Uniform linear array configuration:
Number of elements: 48
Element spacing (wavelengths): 0.5
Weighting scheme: exponential
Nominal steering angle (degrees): -15
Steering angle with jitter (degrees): -16.748
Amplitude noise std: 0.05
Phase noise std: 0.05

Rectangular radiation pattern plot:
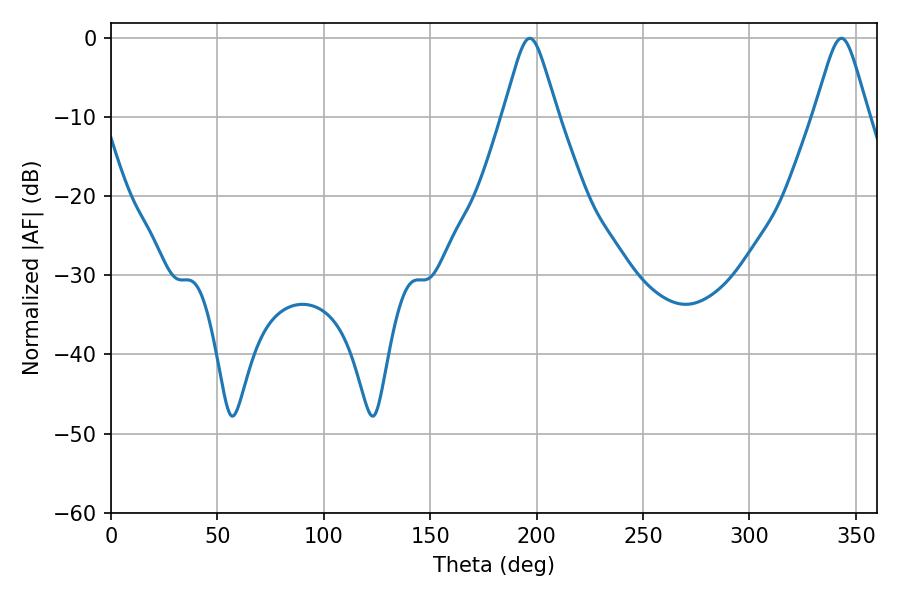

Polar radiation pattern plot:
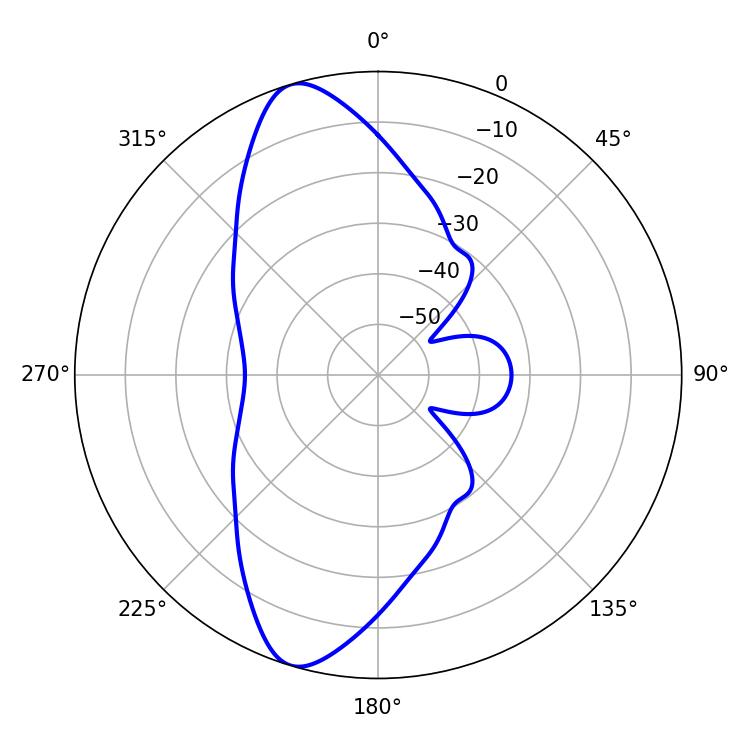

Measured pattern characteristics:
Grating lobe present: FALSE
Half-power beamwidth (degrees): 12.06
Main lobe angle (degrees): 196.74